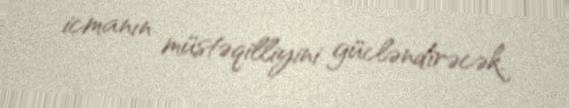
icmanın müstəqilliyini gücləndirəcək.